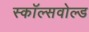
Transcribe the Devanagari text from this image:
स्कॉल्सवोल्ड